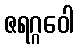
ဇရဂ္ဂဝေါ